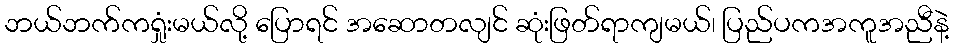
ဘယ်ဘက်ကရှုံးမယ်လို့ ပြောရင် အဆောတလျင် ဆုံးဖြတ်ရာကျမယ်၊ ပြည်ပကအကူအညီနဲ့